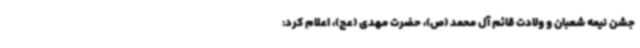
جشن نیمه شعبان و ولادت قائم آل محمد (ص)، حضرت مهدی (عج)، اعلام کرد: